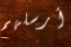
أرسلهم